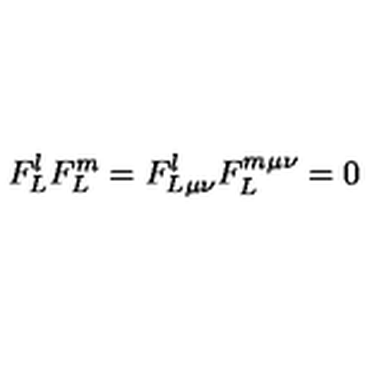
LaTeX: F _ { L } ^ { l } F _ { L } ^ { m } = F _ { L \mu \nu } ^ { l } F _ { L } ^ { m \mu \nu } = 0